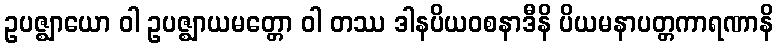
ဥပဇ္ဈာယော ဝါ ဥပဇ္ဈာယမတ္တော ဝါ တဿ ဒါနပိယဝစနာဒီနိ ပိယမနာပတ္တကာရဏာနိ